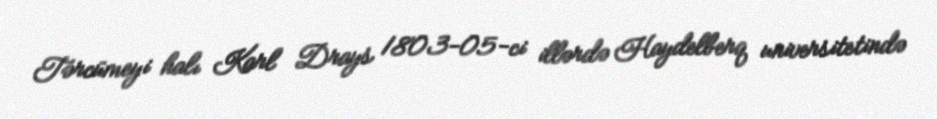
Tərcümeyi halı Karl Drays 1803-05-ci illərdə Haydelberq universitetində